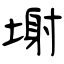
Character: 塮